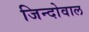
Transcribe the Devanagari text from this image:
जिन्दोवाल